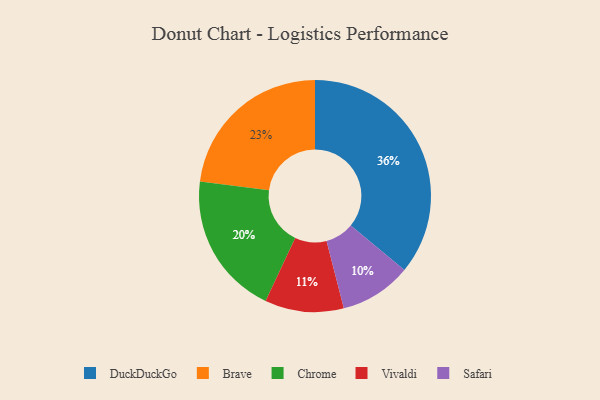
{"axis": {"x": "Category", "y": "Percentage"}, "legend": ["Brave", "Chrome", "DuckDuckGo", "Safari", "Vivaldi"], "data": [{"x": "Chrome", "y": 20, "type": "Chrome"}, {"x": "Vivaldi", "y": 11, "type": "Vivaldi"}, {"x": "Brave", "y": 23, "type": "Brave"}, {"x": "Safari", "y": 10, "type": "Safari"}, {"x": "DuckDuckGo", "y": 36, "type": "DuckDuckGo"}]}